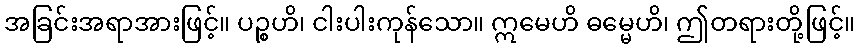
အခြင်းအရာအားဖြင့်။ ပဉ္စဟိ၊ ငါးပါးကုန်သော။ ဣမေဟိ ဓမ္မေဟိ၊ ဤတရားတို့ဖြင့်။